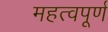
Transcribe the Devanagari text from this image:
महत्वपूर्ण